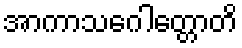
အာကာသဂေါတ္တောတိ